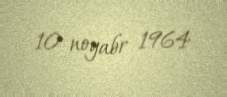
10 noyabr 1964